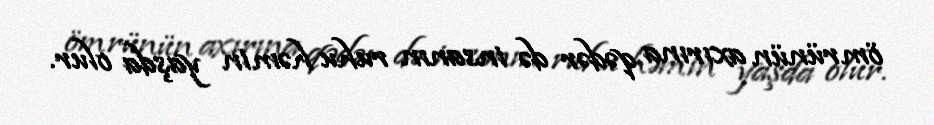
ömrünün axırına qədər də insanın ruhu həmin yaşda olur.